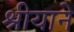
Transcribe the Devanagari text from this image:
श्रीयाने